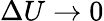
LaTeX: \Delta U\to 0